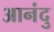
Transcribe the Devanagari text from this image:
आनंदु